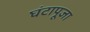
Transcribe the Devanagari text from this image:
घंटापूजा